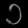
Digit: ၁